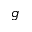
g